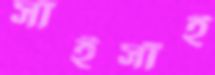
সাঁইসাঁই